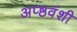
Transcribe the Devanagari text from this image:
अप्ष्ठवंशी